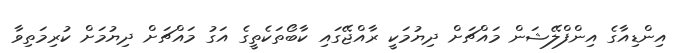
އިންޑިއާގެ އިންފްލޭޝަން މައްޗަށް ދިޔުމަކީ ރާއްޖޭގައި ކާބޯތަކެތީގެ އަގު މައްޗަށް ދިޔުމަށް ކުރިމަތިވާ